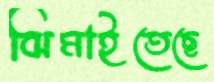
ঝিমাইতেছে